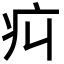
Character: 㽱